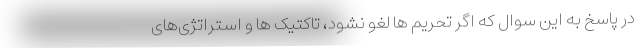
در پاسخ به این سوال که اگر تحریم ها لغو نشود، تاکتیک ها و استراتژی‌های